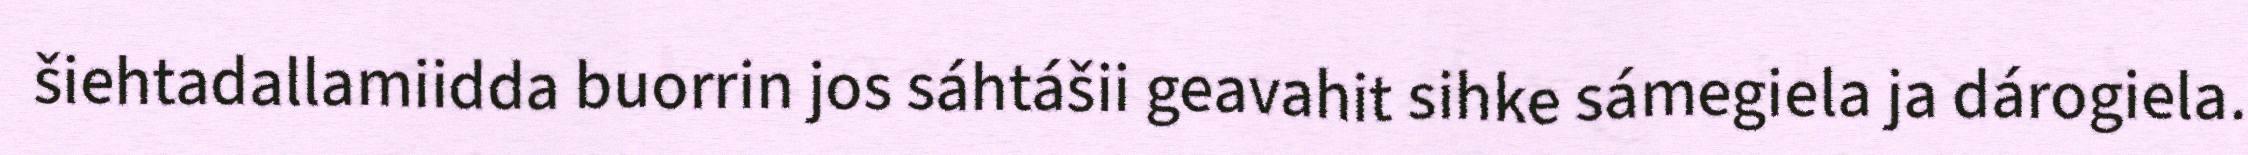
šiehtadallamiidda buorrin jos sáhtášii geavahit sihke sámegiela ja dárogiela.